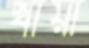
খায়া